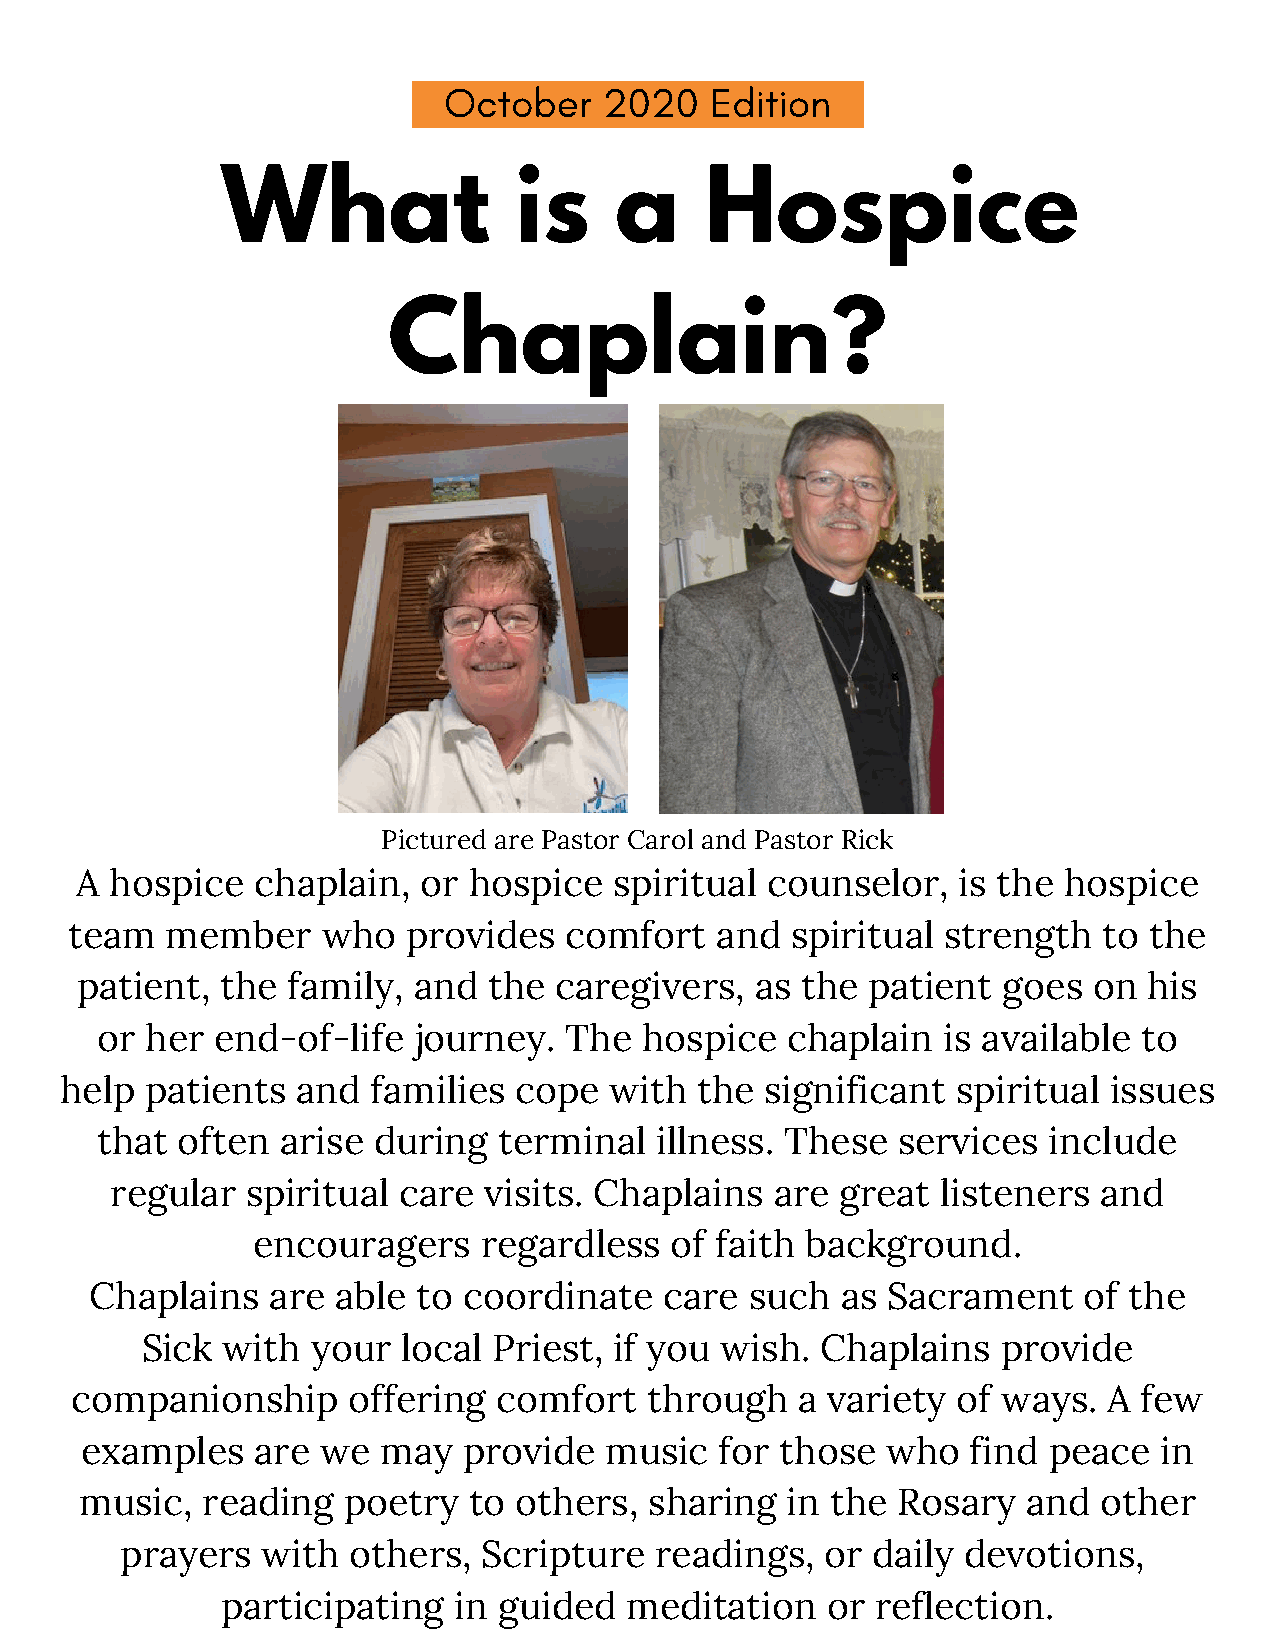
October    2020   Edition
 What               is     a     Hospice
 Chaplain?
 Pictured are Pastor Carol and Pastor Rick
 A hospice   chaplain,  or hospice   spiritual counselor,   is the hospice
 team  member    who   provides  comfort   and  spiritual  strength  to the
 patient,  the family, and  the  caregivers,  as the patient  goes  on  his
 or  her end-of-life  journey.  The  hospice   chaplain  is available  to
 help  patients  and  families cope  with  the  significant spiritual issues
 that  often  arise during  terminal  illness. These  services  include
 regular  spiritual care  visits. Chaplains  are  great listeners  and
 encouragers    regardless  of faith background.
 Chaplains   are able  to coordinate   care  such  as Sacrament    of the
 Sick  with  your  local Priest, if you wish. Chaplains   provide
 companionship     offering  comfort   through   a variety of ways.  A  few
 examples    are we  may   provide  music   for those  who  find peace   in
 music,  reading   poetry  to others,  sharing  in the Rosary   and  other
 prayers  with  others,  Scripture  readings,   or daily devotions,
 participating  in guided  meditation    or reflection.